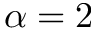
\alpha = 2